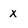
Character: X